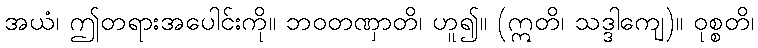
အယံ၊ ဤတရားအပေါင်းကို။ ဘဝတဏှာတိ၊ ဟူ၍။ (ဣတိ၊ သဒ္ဒါကျေ)။ ဝုစ္စတိ၊